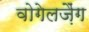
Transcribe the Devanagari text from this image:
वोगेलज़ैंग